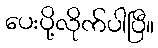
ပေးပို့လိုက်ပါပြီ။